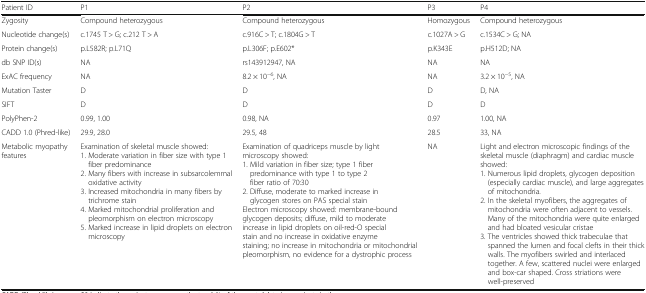
<table><thead><tr><td><b>Patient ID</b></td><td><b>P1</b></td><td><b>P2</b></td><td><b>P3</b></td><td><b>P4</b></td></tr></thead><tbody><tr><td>Zygosity</td><td>Compound heterozygous</td><td>Compound heterozygous</td><td>Homozygous</td><td>Compound heterozygous</td></tr><tr><td>Nucleotide change(s)</td><td>c.1745 T &gt; G; c.212 T &gt; A</td><td>c.916C &gt; T; c.1804G &gt; T</td><td>c.1027A &gt; G</td><td>c.1534C &gt; G; NA</td></tr><tr><td>Protein change(s)</td><td>p.L582R; p.L71Q</td><td>p.L306F; p.E602*</td><td>p.K343E</td><td>p.H512D; NA</td></tr><tr><td>db SNP ID(s)</td><td>NA</td><td>rs143912947, NA</td><td>NA</td><td>NA</td></tr><tr><td>ExAC frequency</td><td>NA</td><td>8.2 × 10<sup>−6</sup>, NA</td><td>NA</td><td>3.2 × 10<sup>−5</sup>, NA</td></tr><tr><td>Mutation Taster</td><td>D</td><td>D</td><td>D</td><td>D, NA</td></tr><tr><td>SIFT</td><td>D</td><td>D</td><td>D</td><td>D</td></tr><tr><td>PolyPhen-2</td><td>0.99, 1.00</td><td>0.98, NA</td><td>0.97</td><td>1.00, NA</td></tr><tr><td>CADD 1.0 (Phred-like)</td><td>29.9, 28.0</td><td>29.5, 48</td><td>28.5</td><td>33, NA</td></tr><tr><td>Metabolic myopathy features</td><td>Examination of skeletal muscle showed:1. Moderate variation in fiber size with type 1 fiber predominance2. Many fibers with increase in subsarcolemmal oxidative activity3. Increased mitochondria in many fibers by trichrome stain4. Marked mitochondrial proliferation and pleomorphism on electron microscopy5. Marked increase in lipid droplets on electron microscopy</td><td>Examination of quadriceps muscle by light microscopy showed:1. Mild variation in fiber size; type 1 fiber predominance with type 1 to type 2 fiber ratio of 70:302. Diffuse, moderate to marked increase in glycogen stores on PAS special stainElectron microscopy showed: membrane-bound glycogen deposits; diffuse, mild to moderate increase in lipid droplets on oil-red-O special stain and no increase in oxidative enzyme staining; no increase in mitochondria or mitochondrial pleomorphism, no evidence for a dystrophic process</td><td>NA</td><td>Light and electron microscopic findings of the skeletal muscle (diaphragm) and cardiac muscle showed:1. Numerous lipid droplets, glycogen deposition (especially cardiac muscle), and large aggregates of mitochondria.2. In the skeletal myofibers, the aggregates of mitochondria were often adjacent to vessels. Many of the mitochondria were quite enlarged and had bloated vesicular cristae3. The ventricles showed thick trabeculae that spanned the lumen and focal clefts in their thick walls. The myofibers swirled and interlaced together. A few, scattered nuclei were enlarged and box-car shaped. Cross striations were well-preserved</td></tr></tbody></table>